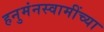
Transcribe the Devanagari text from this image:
हनुमंनस्वामींच्या